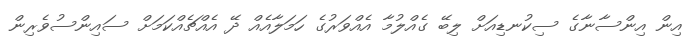
އިން އިންސާނާގެ ސިކުނޑިއަށް ލިބޭ ގެއްލުމާ އެއްވަރުގެ ހަމަލާއެއް ދޭ އެއްޗެއްކަމަށް ސައިންސުވެރިން